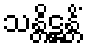
သန္တိဋ္ဌန္တိံ